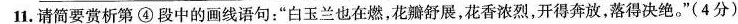
11. 请简要赏析第 ④ 段中的画线语句：”白玉兰也在燃，花瓣舒展，花香浓烈，开得奔放，落得决绝。”(4分)